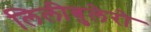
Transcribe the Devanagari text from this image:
लिलीबुलेरो